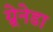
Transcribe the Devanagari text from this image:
ग्र्रेनेडा